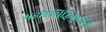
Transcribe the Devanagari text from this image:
महाष्टसिद्धिकामिनी